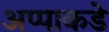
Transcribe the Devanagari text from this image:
अप्पाकडे